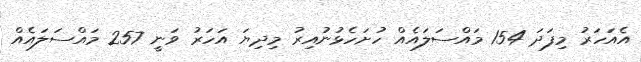
އެއަހަރު މިފަދަ 154 މައްސަލައެއް ހުށަހެޅުނުއިރު މިދިޔަ އަހަރު ވަނީ 257 މައްސަލައެއް